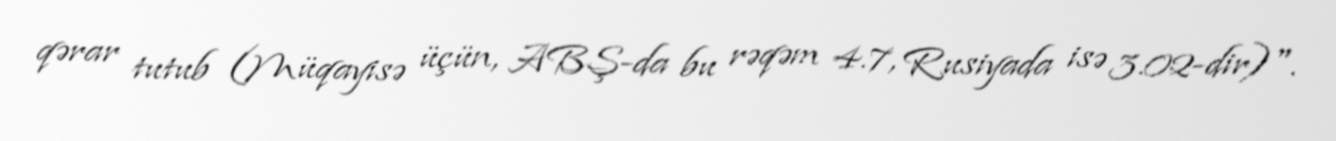
qərar tutub (Müqayisə üçün, ABŞ-da bu rəqəm 4.7, Rusiyada isə 3.02-dir)".